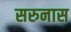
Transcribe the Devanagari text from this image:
सरुनास